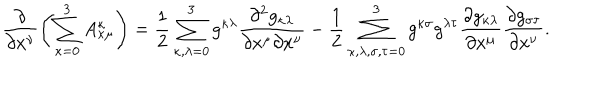
\frac { \partial } { \partial x ^ { \nu } } \left( \sum _ { \kappa = 0 } ^ { 3 } A _ { \kappa \mu } ^ { \kappa } \right) = \frac { 1 } { 2 } \sum _ { \kappa , \lambda = 0 } ^ { 3 } g ^ { \kappa \lambda } \frac { \partial ^ { 2 } g _ { \kappa \lambda } } { \partial x ^ { \mu } \partial x ^ { \nu } } - \frac { 1 } { 2 } \sum _ { \kappa , \lambda , \sigma , \tau = 0 } ^ { 3 } g ^ { \kappa \sigma } g ^ { \lambda \tau } \frac { \partial g _ { \kappa \lambda } } { \partial x ^ { \mu } } \frac { \partial g _ { \sigma \tau } } { \partial x ^ { \nu } } .